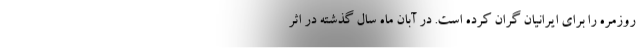
روزمره را برای ایرانیان گران کرده است. در آبان ماه سال گذشته در اثر